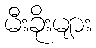
မီးခိုးများ